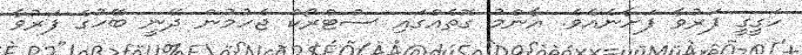
ހަގީގީ ފަރުވާ ފަށާނެއެވެ. އާންމު ގޮތެއްގައި ސްޓްރޯކް ޖެހުމުން ދޭނީ ބޭހުގެ ފަރުވާ